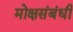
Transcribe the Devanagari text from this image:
मोक्षसंबंधी